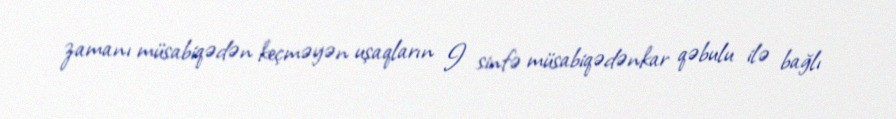
zamanı müsabiqədən keçməyən uşaqların I sinfə müsabiqədənkar qəbulu ilə bağlı